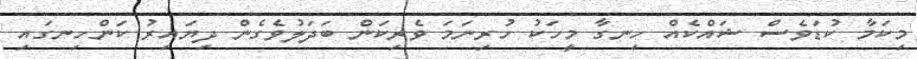
މިކަމާ ކުޑަވެސް ޝައްކެއް ހިނގާ މީހަކު ހުރިނަމަ ވެރިކަން ބަދަލުވެގެން ދިޔައިރު ކަންހިނގައި